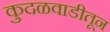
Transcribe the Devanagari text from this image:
कुदळवाडीतून